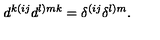
d ^ { k ( i j } d ^ { l ) m k } = \delta ^ { ( i j } \delta ^ { l ) m } .